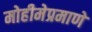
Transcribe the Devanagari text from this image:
मोहीमेप्रमाणे